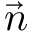
\vec { n }